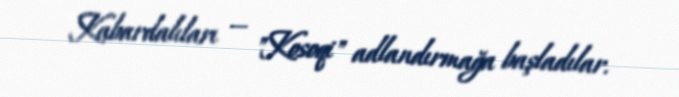
Kabardalıları — "Kosoqi" adlandırmağa başladılar.